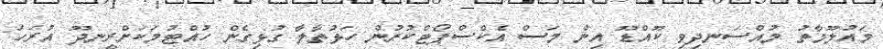
މައުލޫމާތު މުއްސަނދިވި ކޫއްޑޫ އިން މަސް އެކްސްޕޯޓްކުރުން ހަޅުތާލާ ގުޅިގެން ހުއްޓުމަކަށްރީނދޫ އުރަހަ